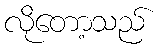
လိုတော့သည်